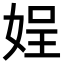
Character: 𡝚